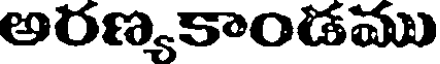
అరణ్యకాండము